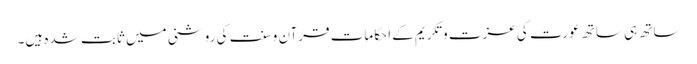
ساتھ ہی ساتھ عورت کی عزت و تکریم کے احکامات قرآن و سنت کی روشنی میں ثابت شدہ ہیں۔